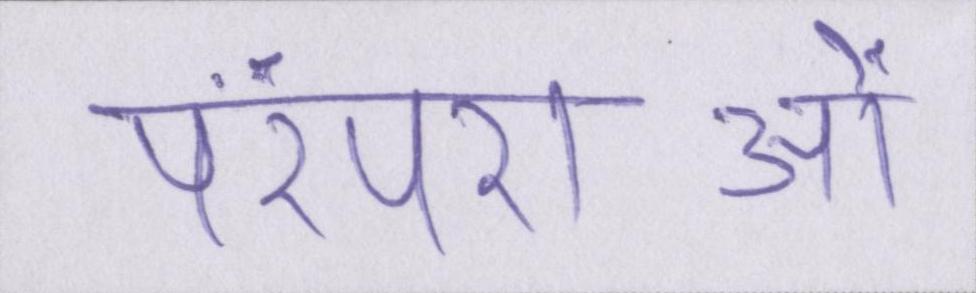
परंपराओं